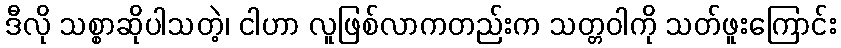
ဒီလို သစ္စာဆိုပါသတဲ့၊ ငါဟာ လူဖြစ်လာကတည်းက သတ္တဝါကို သတ်ဖူးကြောင်း